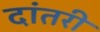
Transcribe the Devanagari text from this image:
दांतरी